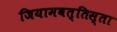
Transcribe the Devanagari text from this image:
जियामबत्तिस्ता